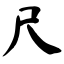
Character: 尺